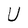
Character: U